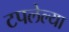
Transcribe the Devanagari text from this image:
टपलेल्या